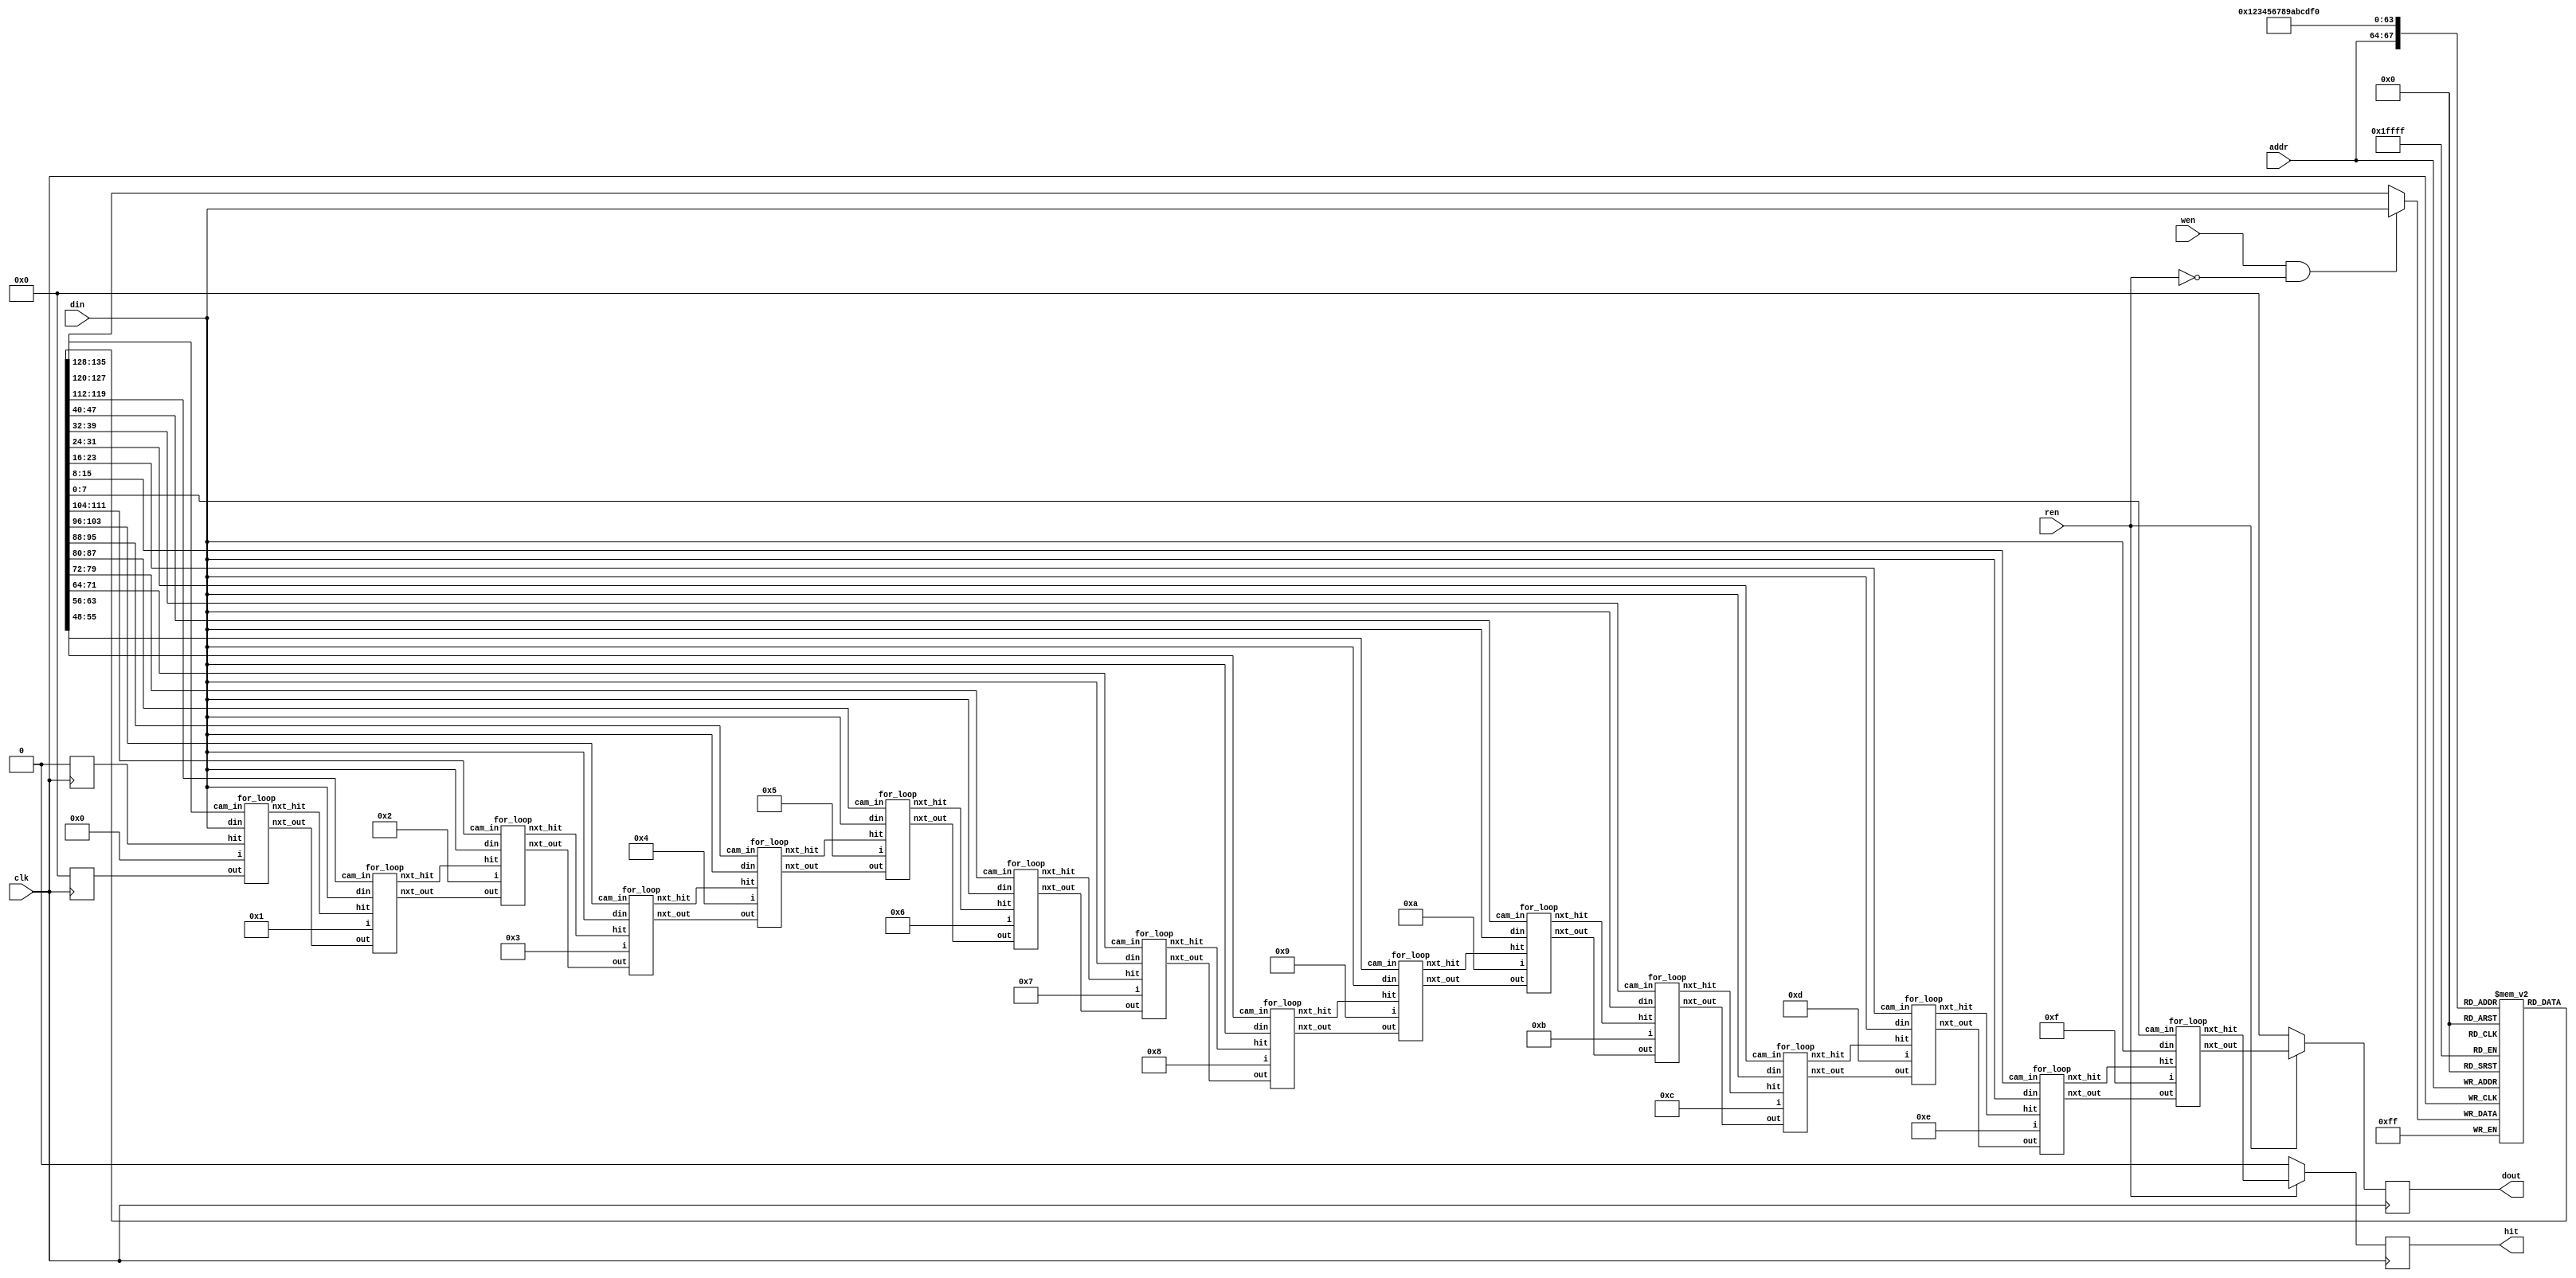
`timescale 1ns/1ps

module Content_Addressable_Memory(clk, wen, ren, din, addr, dout, hit);
input clk;
input wen, ren;
input [7:0] din;
input [3:0] addr;
output [3:0] dout; // output an address
output hit; // find or not
reg [7:0]CAM[15:0]; // m bits per word(data) / n words(set)
reg [3:0]dout, nxt_out_reg;
reg hit, nxt_hit_reg;
wire [3:0]nxt_out[16:0];
assign nxt_out[0] = nxt_out_reg;
wire [16:0]nxt_hit;
assign nxt_hit[0] = nxt_hit_reg;
wire [7:0]nxt_din;
assign nxt_din = (wen & !ren) ? din : CAM[addr];
always @(posedge clk) begin
    CAM[addr] <= nxt_din;
    nxt_hit_reg <= 1'b0;
    nxt_out_reg <= 4'b0;
    if(ren == 1'b1)begin
        hit <= nxt_hit[16];
        dout <= nxt_out[16];
    end
    else begin
        dout <= 4'b0;
        hit <= 1'b0;
    end
end

for_loop f0(5'd0, nxt_hit[0], nxt_out[0], nxt_hit[1], nxt_out[1], din, CAM[0]);
for_loop f1(5'd1, nxt_hit[1], nxt_out[1], nxt_hit[2], nxt_out[2], din, CAM[1]);
for_loop f2(5'd2, nxt_hit[2], nxt_out[2], nxt_hit[3], nxt_out[3], din, CAM[2]);
for_loop f3(5'd3, nxt_hit[3], nxt_out[3], nxt_hit[4], nxt_out[4], din, CAM[3]);
for_loop f4(5'd4, nxt_hit[4], nxt_out[4], nxt_hit[5], nxt_out[5], din, CAM[4]);
for_loop f5(5'd5, nxt_hit[5], nxt_out[5], nxt_hit[6], nxt_out[6], din, CAM[5]);
for_loop f6(5'd6, nxt_hit[6], nxt_out[6], nxt_hit[7], nxt_out[7], din, CAM[6]);
for_loop f7(5'd7, nxt_hit[7], nxt_out[7], nxt_hit[8], nxt_out[8], din, CAM[7]);
for_loop f8(5'd8, nxt_hit[8], nxt_out[8], nxt_hit[9], nxt_out[9], din, CAM[8]);
for_loop f9(5'd9, nxt_hit[9], nxt_out[9], nxt_hit[10], nxt_out[10], din, CAM[9]);
for_loop f10(5'd10, nxt_hit[10], nxt_out[10], nxt_hit[11], nxt_out[11], din, CAM[10]);
for_loop f11(5'd11, nxt_hit[11], nxt_out[11], nxt_hit[12], nxt_out[12], din, CAM[11]);
for_loop f12(5'd12, nxt_hit[12], nxt_out[12], nxt_hit[13], nxt_out[13], din, CAM[12]);
for_loop f13(5'd13, nxt_hit[13], nxt_out[13], nxt_hit[14], nxt_out[14], din, CAM[13]);
for_loop f14(5'd14, nxt_hit[14], nxt_out[14], nxt_hit[15], nxt_out[15], din, CAM[14]);
for_loop f15(5'd15, nxt_hit[15], nxt_out[15], nxt_hit[16], nxt_out[16], din, CAM[15]);

endmodule

module for_loop(i, hit, out, nxt_hit, nxt_out, din, cam_in);
input [4:0]i;
input hit;
input [7:0]din, cam_in;
input [3:0]out;
output nxt_hit;
output[3:0]nxt_out;
reg nxt_hit;
reg [3:0]nxt_out;
always@(*)begin
    if(hit == 1'b1)begin // found
        nxt_hit = 1'b1;
        nxt_out = out;
    end
    else begin // not found yet
        nxt_hit = 1'b0;
        if(din == cam_in)begin // if found
            nxt_out = i;
            nxt_hit = 1'b1;
        end
        else begin
            nxt_hit = 1'b0;
            nxt_out = 1'b0; // still not found
        end
    end
end
endmodule